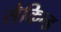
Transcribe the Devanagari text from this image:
सैकिन्ड